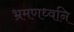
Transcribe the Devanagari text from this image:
भ्रमणध्वनि